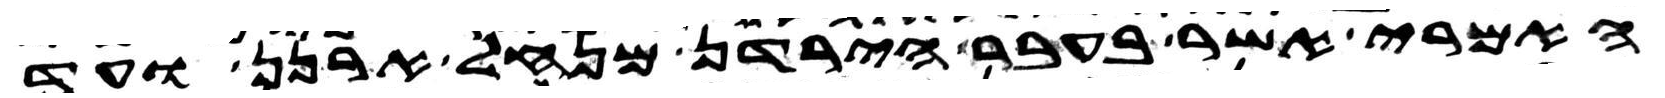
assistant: האמרי אשר בעבר הירדן מנחל ארנן ועד